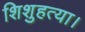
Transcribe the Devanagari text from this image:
शिशुहत्या।